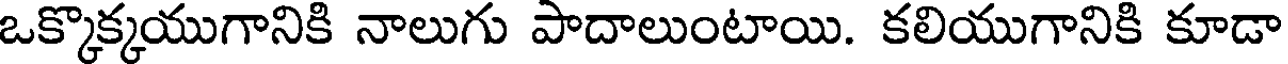
ఒక్కొక్కయుగానికి నాలుగు పాదాలుంటాయి. కలియుగానికి కూడా